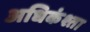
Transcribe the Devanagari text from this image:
अधिकंश्ता